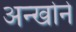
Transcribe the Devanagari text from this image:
अन्खोने